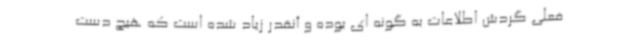
فعلی گردش اطلاعات به گونه ای بوده و آنقدر زیاد شده است که هیچ دست